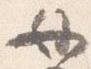
母